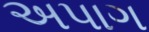
અપાગ